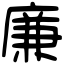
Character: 廉